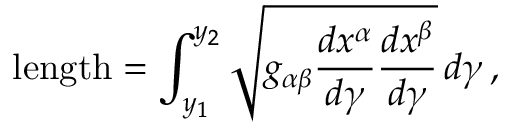
{ \mathrm { l e n g t h } } = \int _ { y _ { 1 } } ^ { y _ { 2 } } { \sqrt { g _ { \alpha \beta } { \frac { d x ^ { \alpha } } { d \gamma } } { \frac { d x ^ { \beta } } { d \gamma } } } } \, d \gamma \, ,